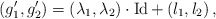
\begin{align*}(g_1',g_2')=(\lambda_1,\lambda_2) \cdot \operatorname{Id} + \left(l_1,l_2 \right),\end{align*}